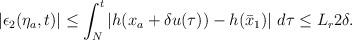
LaTeX: \begin{align*}\begin{aligned}|\epsilon_2(\eta_a,t)| \le \int_N^t \left|h(x_a+\delta u(\tau))-h(\bar{x}_1)\right| \,d\tau \le L_r 2\delta.\end{aligned}\end{align*}